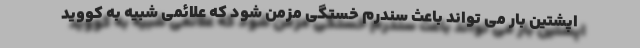
اپشتین بار می تواند باعث سندرم خستگی مزمن شود که علائمی شبیه به کووید